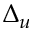
\Delta _ { u }